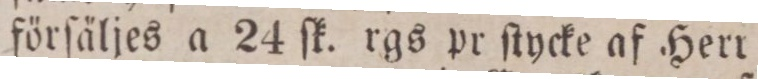
förſäljes a 24 ſk. rgs pr ſtycke aſ Herr